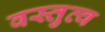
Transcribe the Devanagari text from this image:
वस्तुत्व